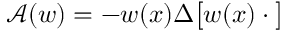
{ \mathcal A } ( w ) = - w ( x ) \Delta \big [ w ( x ) \cdot \big ]